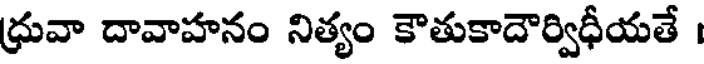
ధ్రువా దావాహనం నిత్యం కౌతుకాదౌర్విధీయతే ।